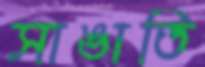
সাঙাতি